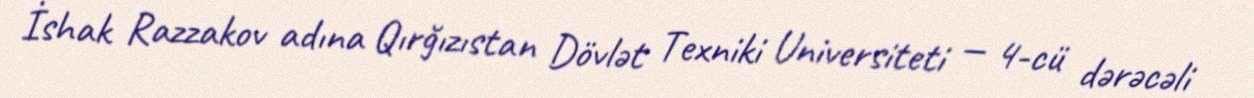
İshak Razzakov adına Qırğızıstan Dövlət Texniki Universiteti — 4-cü dərəcəli